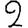
Digit: 2